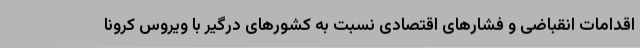
اقدامات انقباضی و فشارهای اقتصادی نسبت به کشورهای درگیر با ویروس کرونا